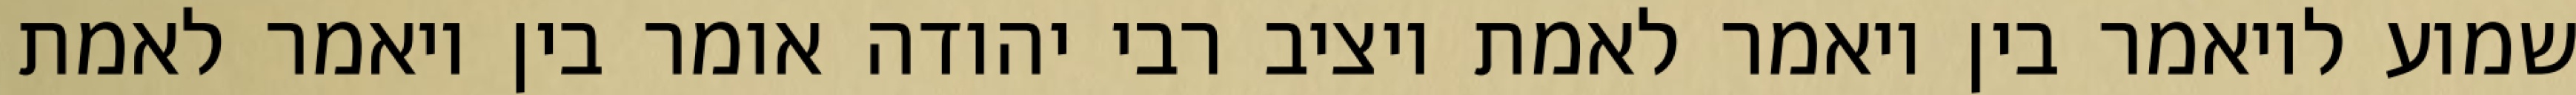
שמוע לויאמר בין ויאמר לאמת ויציב רבי יהודה אומר בין ויאמר לאמת